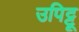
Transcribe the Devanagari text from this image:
उपिट्टू